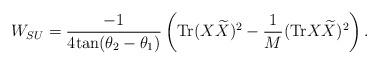
LaTeX: \begin{align*}W_{SU} = \frac{-1}{4 \mbox{tan} (\theta_2 - \theta_1) } \left( \mbox{Tr} ( X {\widetilde X} )^2 - \frac{1}{M} (\mbox{Tr} X {\widetilde X})^2 \right).\end{align*}